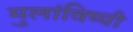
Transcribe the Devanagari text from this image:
मुलांविष्यी